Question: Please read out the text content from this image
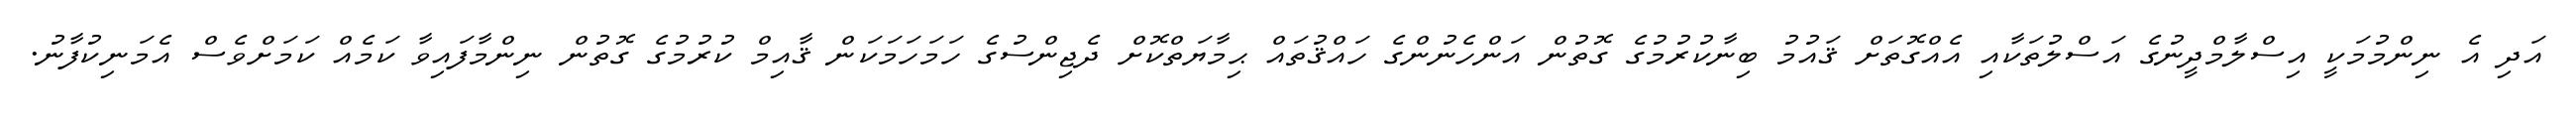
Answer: އަދި އެ ނިންމުމަކީ އިސްލާމްދީނުގެ އަސްލުތަކާއި އެއްގޮތަށް ޤައުމު ބިނާކުރުމުގެ ގޮތުން އަންހެނުންގެ ހައްޤުތައް ޙިމާޔަތްކޮށް ދެޖިންސުގެ ހަމަހަމަކަން ޤާއިމް ކުރުމުގެ ގޮތުން ނިންމާފައިވާ ކަމެއް ކަމަށްވެސް އެމަނިކުފާނު.